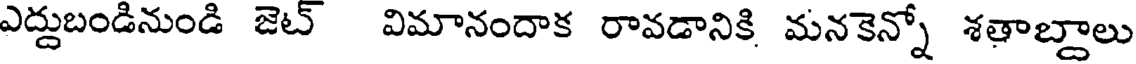
ఎద్దుబండినుండి జెట్ విమానందాక రావడానికి మనకెన్నో శతాబ్దాలు